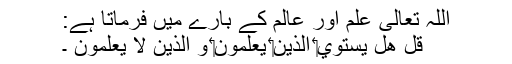
اللہ تعالی علم اور عالم کے بارے میں فرماتا ہے:
قُلْ هَلْ يَسْتَوِي‏ الَّذينَ‏ يَعْلَمُونَ‏ وَ الَّذينَ لا يَعْلَمُونَ ۔